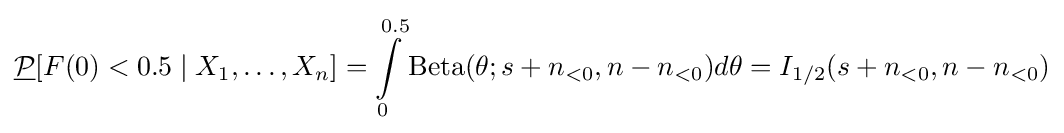
{\underline {\mathcal {P}}}[F(0)<0.5\mid X_{1},\dots ,X_{n}]=\int \limits _{0}^{0.5}\mathrm {Beta} (\theta ;s+n_{<0},n-n_{<0})d\theta =I_{1/2}(s+n_{<0},n-n_{<0})